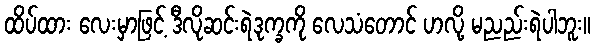
ထိပ်ထား လေးမှာဖြင့် ဒီလိုဆင်းရဲဒုက္ခကို လေသံတောင် ဟလို့ မညည်းရဲပါဘူး။